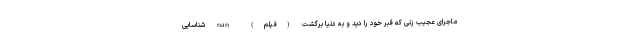
ماجرای عجیب زنی که قبر خود را دید و به دنیا برگشت (فیلم) nan شناسایی